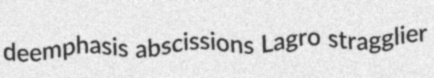
deemphasis abscissions Lagro stragglier